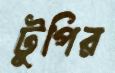
টুপির